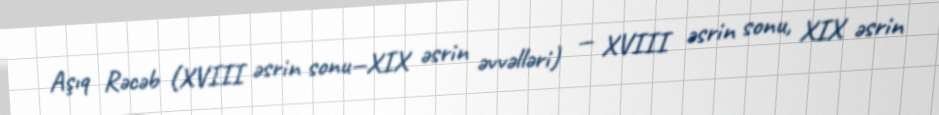
Aşıq Rəcəb (XVIII əsrin sonu—XIX əsrin əvvəlləri) — XVIII əsrin sonu, XIX əsrin